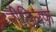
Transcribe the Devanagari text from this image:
नीडिलफ़